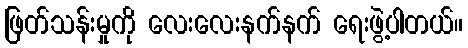
ဖြတ်သန်းမှုကို လေးလေးနက်နက် ရေးဖွဲ့ပါတယ်။